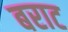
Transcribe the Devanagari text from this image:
बराट